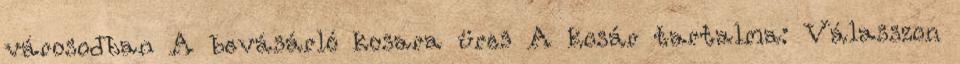
városodban A bevásárló kosara üres A kosár tartalma: Válasszon